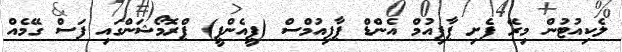
ލެކިއުޓުން މިރޭ ފެށި ޕާފިއުމް އެންޑް ޕާފިއުމްސް (ޕީއެންޕީ) ޕްރޮމޯޝަންގައި ފަސް ގޭމެއް